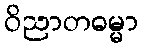
ဝိညာတဓမ္မာ